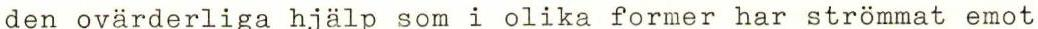
den ovärderliga hjälp som i olika former har strömmat emot